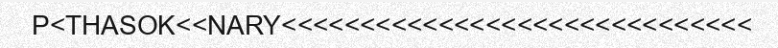
P<THASOK<<NARY<<<<<<<<<<<<<<<<<<<<<<<<<<<<<<